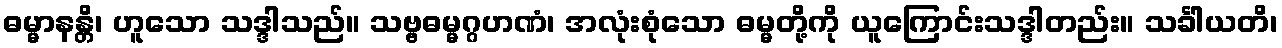
ဓမ္မာနန္တိ၊ ဟူသော သဒ္ဒါသည်။ သဗ္ဗဓမ္မဂ္ဂဟဏံ၊ အလုံးစုံသော ဓမ္မတို့ကို ယူကြောင်းသဒ္ဒါတည်း။ သင်္ခါယတိ၊